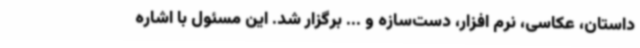
داستان، عکاسی، نرم افزار، دست‌سازه و ... برگزار شد. این مسئول با اشاره